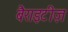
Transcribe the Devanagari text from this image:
बैराइटीज़